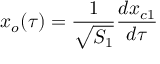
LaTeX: x _ { o } ( \tau ) = { \frac { 1 } { \sqrt { S _ { 1 } } } } { \frac { d x _ { c 1 } } { d \tau } }